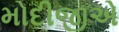
મોદીજીએ